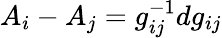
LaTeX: A_{i}-A_{j}=g_{ij}^{-1}dg_{ij}